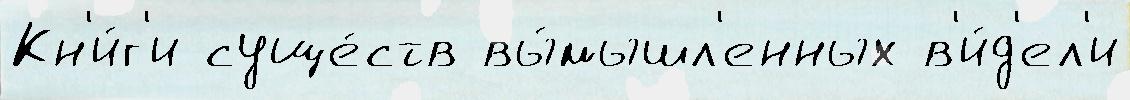
Кн'и́г'и суще́ств вы́мышл'енных в'и́д'ел'и